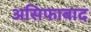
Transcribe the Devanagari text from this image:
असिफाबाद